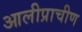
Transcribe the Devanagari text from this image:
आलीप्राचीण